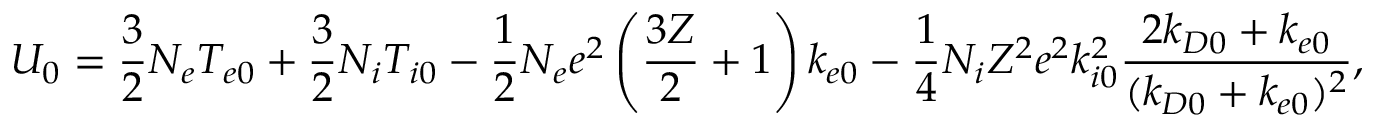
U _ { 0 } = \frac { 3 } { 2 } N _ { e } T _ { e 0 } + \frac { 3 } { 2 } N _ { i } T _ { i 0 } - \frac { 1 } { 2 } N _ { e } e ^ { 2 } \left( \frac { 3 Z } { 2 } + 1 \right) k _ { e 0 } - \frac { 1 } { 4 } N _ { i } Z ^ { 2 } e ^ { 2 } k _ { i 0 } ^ { 2 } \frac { 2 k _ { D 0 } + k _ { e 0 } } { ( k _ { D 0 } + k _ { e 0 } ) ^ { 2 } } ,